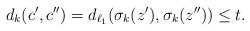
LaTeX: \begin{align*} d_k(c',c'') = d_{\ell_1}(\sigma_k(z'),\sigma_k(z''))\leq t. \end{align*}